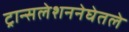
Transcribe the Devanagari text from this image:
ट्रान्सलेशननेघेतले